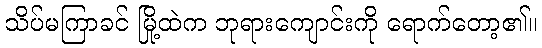
သိပ်မကြာခင် မြို့ထဲက ဘုရားကျောင်းကို ရောက်တော့၏။